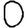
Digit: 0